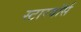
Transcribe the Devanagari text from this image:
स्टारवॉर्स